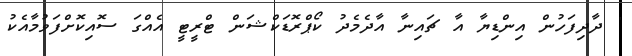
' ދާދިފަހުން އިންޑިޔާ އާ ޗައިނާ އާދެމެދު ކޯޕްރޮޑަކްޝަން ޓްރީޓީ އެއްގަ ސޮއިކޮށްފަވުމާއެކު